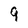
Character: 9